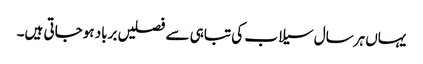
یہاں ہرسال سیلاب کی تباہی سے فصلیں برباد ہوجاتی ہیں۔